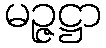
မဉ္ဇဋ္ဌာ